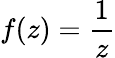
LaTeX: f(z)={\frac{1}{z}}